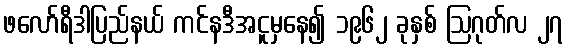
ဖလော်ရီဒါပြည်နယ် ကင်နဒီအငူမှနေ၍ ၁၉၆၂ ခုနှစ် ဩဂုတ်လ ၂၇